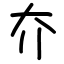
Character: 夰